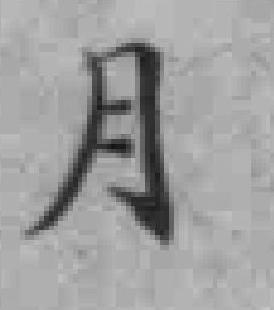
月